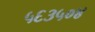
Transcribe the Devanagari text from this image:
५६३५०४